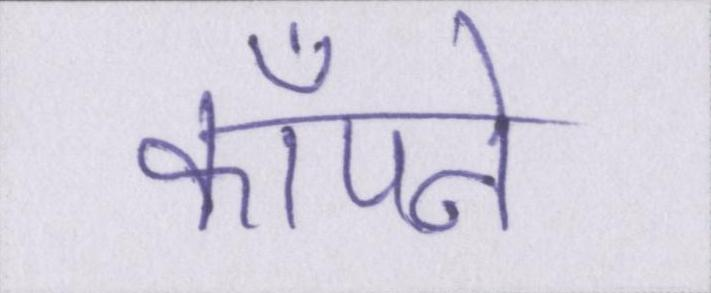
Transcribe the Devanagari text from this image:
काँपने